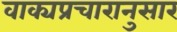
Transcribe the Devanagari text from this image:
वाक्यप्रचारानुसार